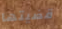
قضيتها